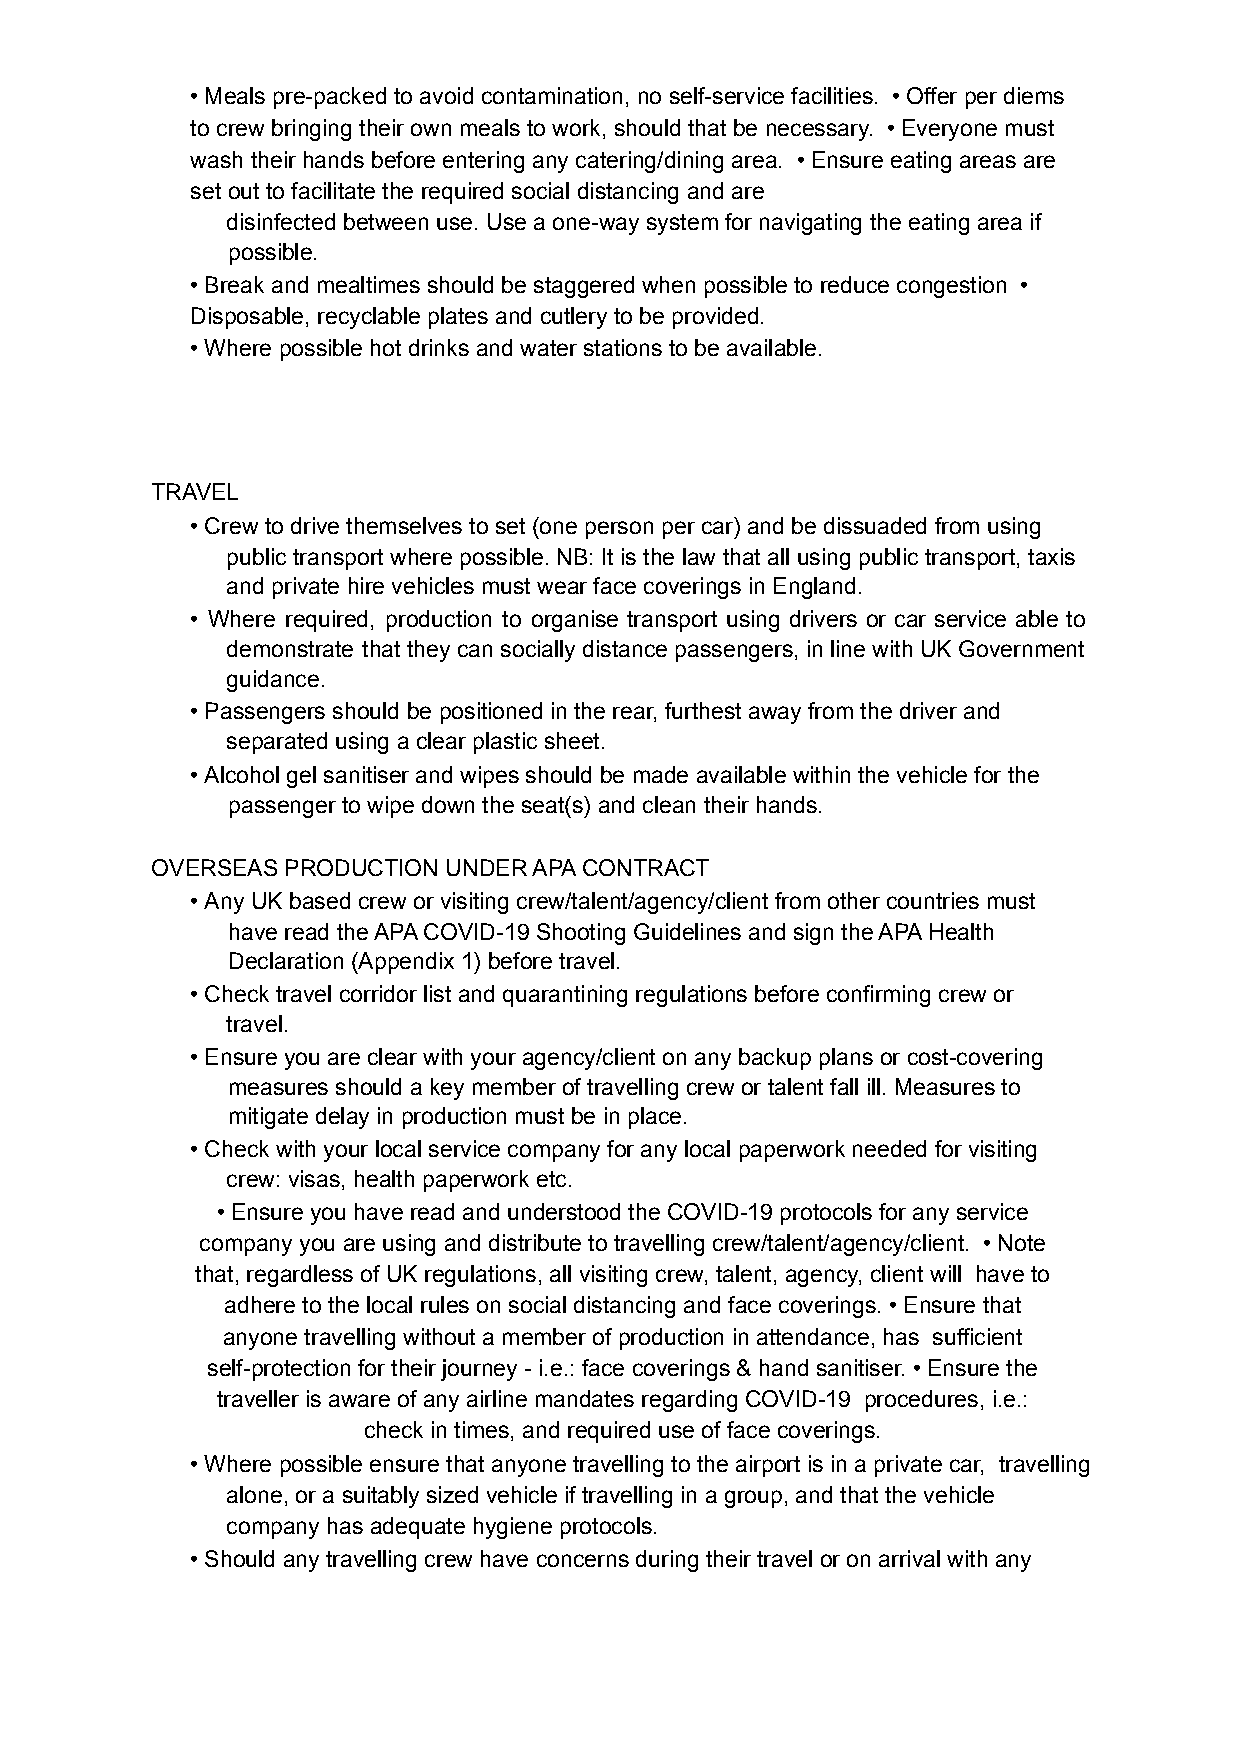
•Meals pre-packed to avoid contamination, no self-service facilities. •Offer per diems
 to crew bringing their own meals to work, should that be necessary. •Everyone must
 wash their hands before entering any catering/dining area. •Ensure eating areas are
 set out to facilitate the required social distancing and are
 disinfected between use. Use a one-way system for navigating the eating area if
 possible.
 •Break and mealtimes should be staggered when possible to reduce congestion •
 Disposable, recyclable plates and cutlery to be provided.
 •Where possible hot drinks and water stations to be available.
 TRAVEL
 •Crew to drive themselves to set (one person per car) and be dissuaded from using
 public transport where possible. NB: It is the law that all using public transport, taxis
 and private hire vehicles must wear face coverings in England.
 • Where required, production to organise transport using drivers or car service able to
 demonstrate that they can socially distance passengers, in line with UK Government
 guidance.
 •Passengers should be positioned in the rear, furthest away from the driver and
 separated using a clear plastic sheet.
 •Alcohol gel sanitiser and wipes should be made available within the vehicle for the
 passenger to wipe down the seat(s) and clean their hands.
 OVERSEAS PRODUCTION UNDER APA CONTRACT
 •Any UK based crew or visiting crew/talent/agency/client from other countries must
 have read the APA COVID-19 Shooting Guidelines and sign the APA Health
 Declaration (Appendix 1) before travel.
 •Check travel corridor list and quarantining regulations before confirming crew or
 travel.
 •Ensure you are clear with your agency/client on any backup plans or cost-covering
 measures should a key member of travelling crew or talent fall ill. Measures to
 mitigate delay in production must be in place.
 •Check with your local service company for any local paperwork needed for visiting
 crew: visas, health paperwork etc.
 •Ensure you have read and understood the COVID-19 protocols for any service
 company you are using and distribute to travelling crew/talent/agency/client. •Note
 that, regardless of UK regulations, all visiting crew, talent, agency, client will have to
 adhere to the local rules on social distancing and face coverings. •Ensure that
 anyone travelling without a member of production in attendance, has sufficient
 self-protection for their journey - i.e.: face coverings & hand sanitiser. •Ensure the
 traveller is aware of any airline mandates regarding COVID-19 procedures, i.e.:
 check in times, and required use of face coverings.
 •Where possible ensure that anyone travelling to the airport is in a private car, travelling
 alone, or a suitably sized vehicle if travelling in a group, and that the vehicle
 company has adequate hygiene protocols.
 •Should any travelling crew have concerns during their travel or on arrival with any